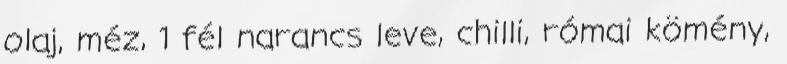
olaj, méz, 1 fél narancs leve, chilli, római kömény,